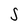
Character: S